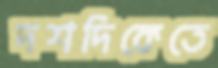
দশদিকেতে